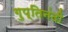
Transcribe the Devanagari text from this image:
गुप्तिनंदी